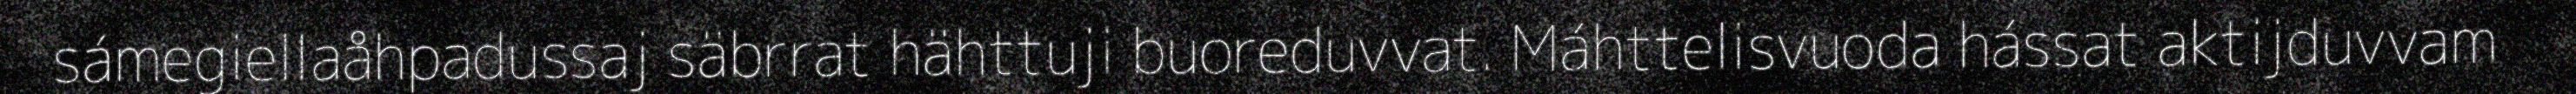
sámegiellaåhpadussaj säbrrat hähttuji buoreduvvat. Máhttelisvuoda hássat aktijduvvam